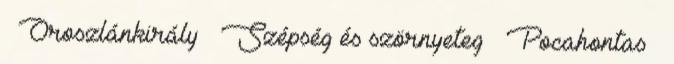
Oroszlánkirály Szépség és szörnyeteg Pocahontas